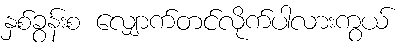
နှစ်ခွန်းစ လျှောက်တင်လိုက်ပါလားကွယ်